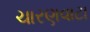
ચારણવાટા